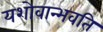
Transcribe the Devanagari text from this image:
यशोवान्भवति